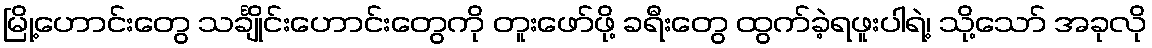
မြို့ဟောင်းတွေ သင်္ချိုင်းဟောင်းတွေကို တူးဖော်ဖို့ ခရီးတွေ ထွက်ခဲ့ရဖူးပါရဲ့၊ သို့သော် အခုလို